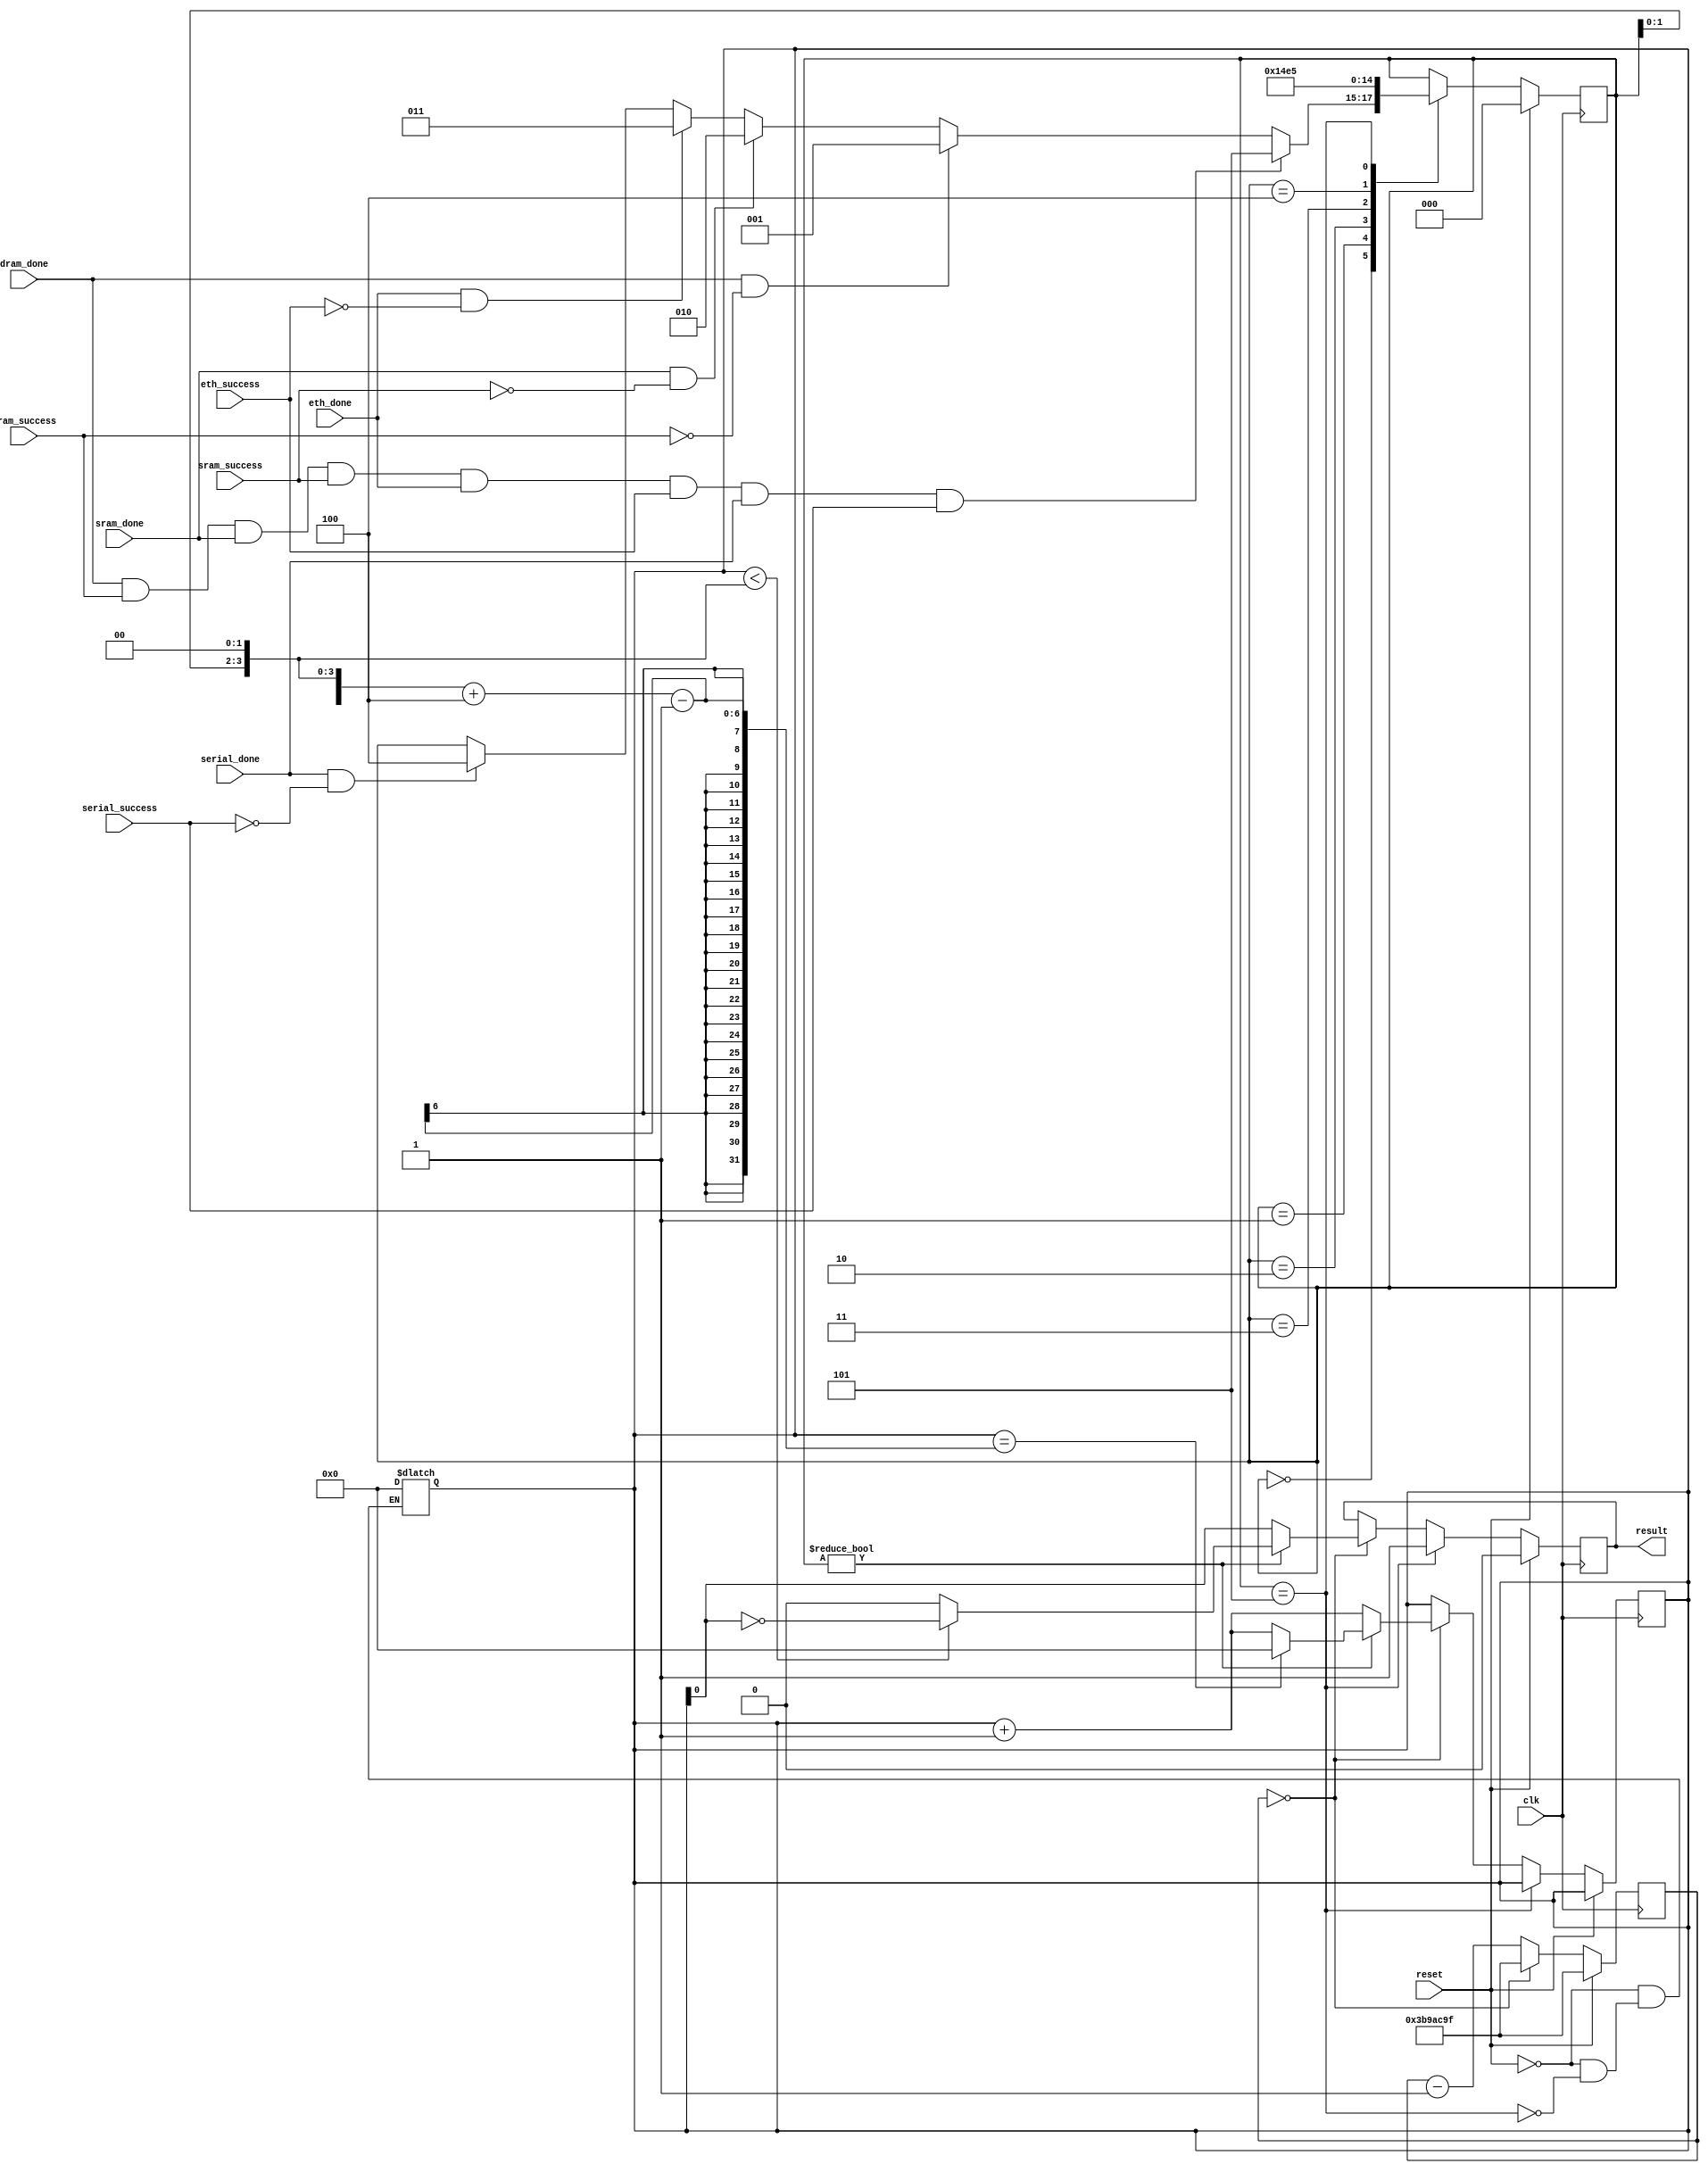
///////////////////////////////////////////////////////////////////////////////
// $Id: selftest_result.v 1530 2007-03-24 16:46:02Z jnaous $
//
// Module: selftest_result.v
// Project: NetFPGA
// Description: Generate the results of the self-test.
//
// Note: Result: 1  -> Board good
//       Result: Steady blink -> Tests running
//       Result: 1 x Blink, long pause -> DRAM failed
//       Result: 2 x Blink, long pause -> SRAM failed
//       Result: 3 x Blink, long pause -> Ethernet failed
//
///////////////////////////////////////////////////////////////////////////////

module selftest_result(
   output reg result,              // Result of test

   input dram_done,                // DRAM test complete
   input dram_success,             // DRAM test sucess
   input sram_done,                // SRAM test complete
   input sram_success,             // SRAM test success
   input eth_done,                 // Ethernet test complete
   input eth_success,              // Ethernet test success
   input serial_done,              // Serial test complete
   input serial_success,           // Serial test success

   input clk,
   input reset
);

// Define the number of clock ticks per second (assume 125 MHz, but could be 62.5 MHz)
parameter ONE_SECOND = 125000000;
parameter HALF_SECOND = ONE_SECOND / 2;

reg [31:0] ticks;
reg [3 : 0] count, count_nxt;
reg result_nxt;


// =======================================================
// Keep track of time
//

always @(posedge clk)
begin
   if (reset)
      ticks <= HALF_SECOND - 'd1;
   else if (ticks == 'd0)
      ticks <= HALF_SECOND - 'd1;
   else
      ticks <= ticks - 'd1;
end



// =======================================================
// State machine to track self-test state
//

// Make sure TEST_PASS is the last item because the number of
// blinks is generated from the state
parameter TEST_RUN         = 4'd0;
parameter TEST_DRAM_FAIL   = 4'd1;
parameter TEST_SRAM_FAIL   = 4'd2;
parameter TEST_ETH_FAIL    = 4'd3;
parameter TEST_SERIAL_FAIL = 4'd4;
parameter TEST_PASS        = 4'd5;

reg [2:0] state;
wire [2:0] blinks = state;

always @(posedge clk)
begin
   if (reset)
      state <= TEST_RUN;
   else
      case (state)
         TEST_RUN :
         begin
            if (dram_done && dram_success &&
               sram_done && sram_success &&
               eth_done && eth_success &&
               serial_done && serial_success)
               state <= TEST_PASS;
            else if (dram_done && !dram_success)
               state <= TEST_DRAM_FAIL;
            else if (sram_done && !sram_success)
               state <= TEST_SRAM_FAIL;
            else if (eth_done && !eth_success)
               state <= TEST_ETH_FAIL;
            else if (serial_done && !serial_success)
               state <= TEST_SERIAL_FAIL;
         end

         TEST_DRAM_FAIL :
         begin
            // Should be a terminating state
            state <= TEST_DRAM_FAIL;
         end

         TEST_SRAM_FAIL :
         begin
            // Should be a terminating state
            state <= TEST_SRAM_FAIL;
         end

         TEST_ETH_FAIL :
         begin
            // Should be a terminating state
            state <= TEST_ETH_FAIL;
         end

         TEST_SERIAL_FAIL :
         begin
            // Should be a terminating state
            state <= TEST_SERIAL_FAIL;
         end

         TEST_PASS :
         begin
            // Should be a terminating state
            state <= TEST_PASS;
         end
      endcase
end


// =======================================================
// Control the blinking of the result signal
//

always @(posedge clk)
begin
   result <= result_nxt;
   count <= count_nxt;
end

always @*
begin
   // Initialize values to their current state
   result_nxt = result;
   count_nxt = count;

   if (reset)
   begin
      result_nxt = 1'b0;
      count = 'd0;
   end
   else if (state == TEST_PASS)
   begin
      result_nxt = 1'b1;
      count = 'd0;
   end
   else if (ticks == 'd0)
   begin
      count_nxt = count_nxt + 'd1;

      if (state != TEST_RUN)
      begin
         // Blink once
         if (count < blinks << 2)
            result_nxt = !count[0];
         // 2-sec pause
         else
            result_nxt = 1'b0;

         // Reset count after blinks and pause
         if (count == (blinks << 2) + 4 - 1)
            count_nxt = 1'b0;
      end
      else
         result_nxt = count[0];
   end
end



endmodule

/* vim:set shiftwidth=3 softtabstop=3 expandtab: */